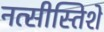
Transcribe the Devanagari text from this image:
नत्सीस्तिशे